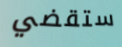
ستقضي